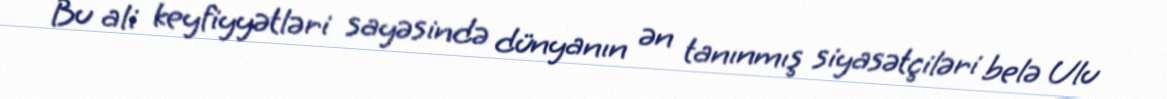
Bu ali keyfiyyətləri sayəsində dünyanın ən tanınmış siyasətçiləri belə Ulu